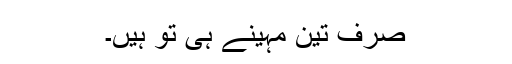
صرف تین مہینے ہی تو ہیں۔